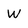
Character: w